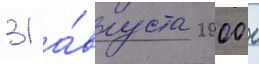
31 а́вгуста 2000 г